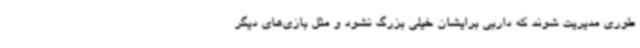
طوری مدیریت شوند که داربی برایشان خیلی بزرگ نشود و مثل بازی‌های دیگر